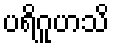
ပရိဂူဟသိ